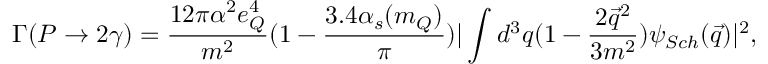
\Gamma ( P \rightarrow 2 \gamma ) = \frac { 1 2 \pi { \alpha } ^ { 2 } e _ { Q } ^ { 4 } } { m ^ { 2 } } ( 1 - \frac { 3 . 4 \alpha _ { s } ( m _ { Q } ) } { \pi } ) | \int d ^ { 3 } q ( 1 - \frac { 2 { \vec { q } } ^ { 2 } } { 3 m ^ { 2 } } ) \psi _ { S c h } ( \vec { q } ) | ^ { 2 } ,